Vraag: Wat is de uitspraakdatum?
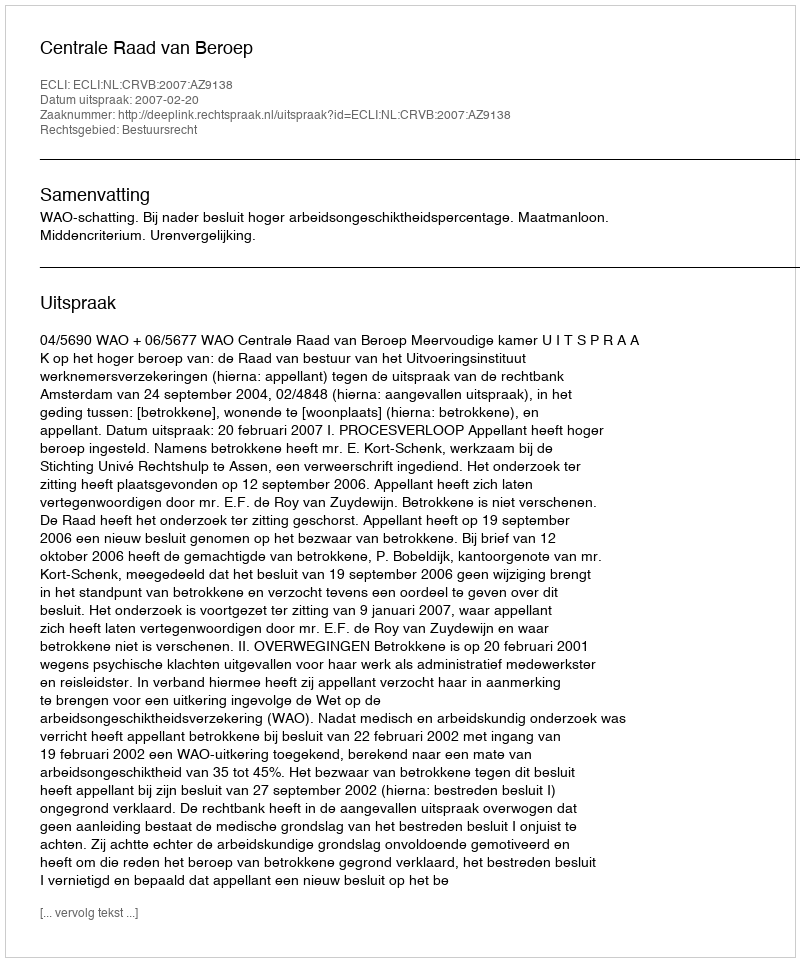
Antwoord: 2007-02-20